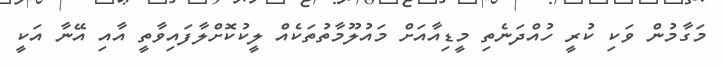
މަގާމުން ވަކި ކުރީ ހުއްދަނެތި މީޑިއާއަށް މައުލޫމާތުތަކެއް ލީކުކޮށްލާފައިވާތީ އާއި އޭނާ އަކީ